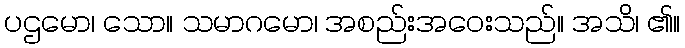
ပဌမော၊ သော။ သမာဂမော၊ အစည်းအဝေးသည်။ အသိ၊ ၏။